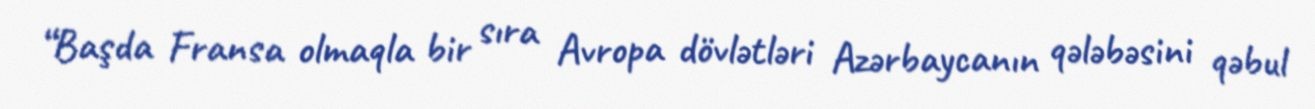
“Başda Fransa olmaqla bir sıra Avropa dövlətləri Azərbaycanın qələbəsini qəbul